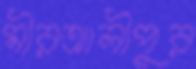
মীরআলীপুর